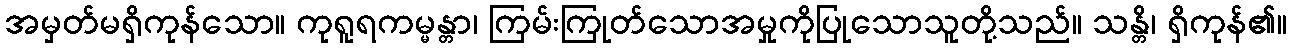
အမှတ်မရှိကုန်သော။ ကုရူရကမ္မန္တာ၊ ကြမ်းကြုတ်သောအမှုကိုပြုသောသူတို့သည်။ သန္တိ၊ ရှိကုန်၏။